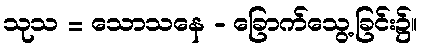
သုသ = သောသနေ - ခြောက်သွေ့ခြင်း၌။